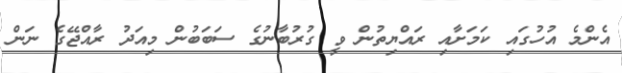
އެންމެ އުހުގައި ކަމަށާއި ރައްޔިތުން ވީ ގުރުބާނުގެ ސަބަބުން މިއަދު ރާއްޖޭގެ ނަން